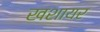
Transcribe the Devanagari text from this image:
खशायर